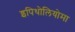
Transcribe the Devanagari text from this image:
इपिथोलियोमा